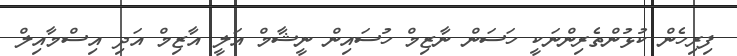
ފިރިހެން ކުޅުންތެރިންނަކީ ހަސަން ނާޒިމް ހުސައިން ނީޝާމް އަލީ އާޒިމް އަދި އިސްމާއިލް